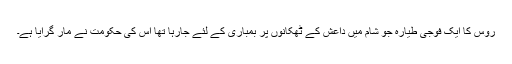
روس کا ایک فوجی طیارہ جو شام میں داعش کے ٹھکانوں پر بمباری کے لئے جارہا تھا اس کی حکومت نے مار گرایا ہے۔